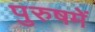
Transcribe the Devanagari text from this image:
पुरुषमें